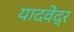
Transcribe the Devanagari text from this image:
यादवेंद्र